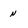
Character: n